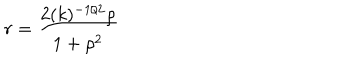
r = \frac { 2 ( k ) ^ { - 1 / 2 } { \rho } } { 1 + { \rho } ^ { 2 } }